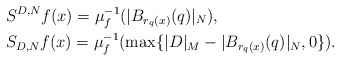
\begin{align*}&S^{D, N} f (x) = \mu_f^{-1} (|B_{r_q(x)}(q)|_N) , \\&S_{D, N} f(x) = \mu_f^{-1} (\max\{|D|_M - |B_{r_q(x)}(q)|_N, 0\} ) .\end{align*}